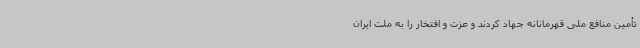
تأمین منافع ملی قهرمانانه جهاد کردند و عزت و افتخار را به ملت ایران